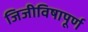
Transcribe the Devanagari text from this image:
जिजीविषापूर्ण